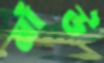
মাঁউ